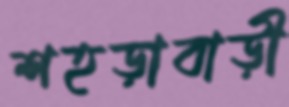
শহড়াবাড়ী